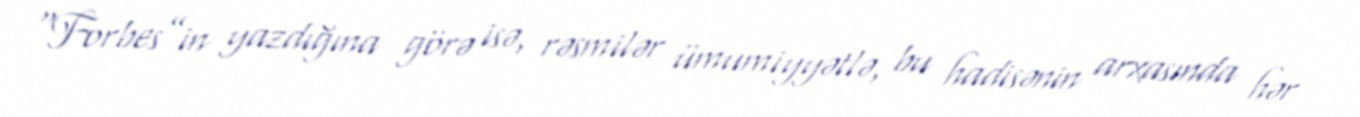
“Forbes”in yazdığına görə isə, rəsmilər ümumiyyətlə, bu hadisənin arxasında hər